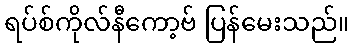
ရပ်စ်ကိုလ်နီကော့ဗ် ပြန်မေးသည်။